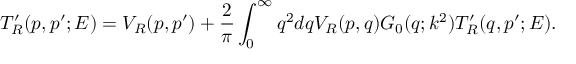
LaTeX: T _ { R } ^ { \prime } ( p , p ^ { \prime } ; E ) = V _ { R } ( p , p ^ { \prime } ) + \frac 2 \pi \int _ { 0 } ^ { \infty } { q ^ { 2 } d q { V _ { R } ( p , q ) } G _ { 0 } ( q ; k ^ { 2 } ) T _ { R } ^ { \prime } ( q , p ^ { \prime } ; E ) } .